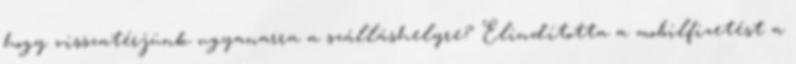
hogy visszatérjünk ugyanarra a szálláshelyre? Elindította a mobilfizetést a